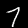
Label: 7